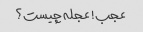
عجب! عجله چیست؟